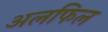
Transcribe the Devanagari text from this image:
अलफिल